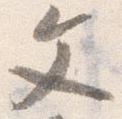
文